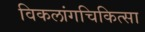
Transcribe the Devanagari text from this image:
विकलांगचिकित्सा